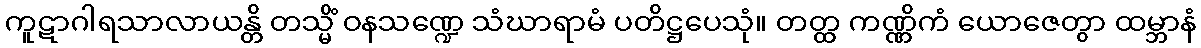
ကူဋာဂါရသာလာယန္တိ တသ္မိံ ဝနသဏ္ဍေ သံဃာရာမံ ပတိဋ္ဌပေသုံ။ တတ္ထ ကဏ္ဏိကံ ယောဇေတွာ ထမ္ဘာနံ